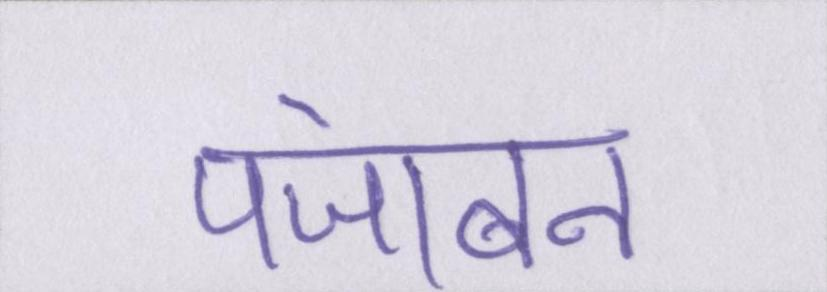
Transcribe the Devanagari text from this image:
पंजाबन